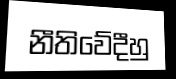
නීතිවේදීහු